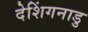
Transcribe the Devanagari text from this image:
देशिंगनाडु